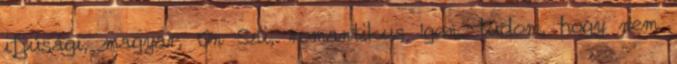
ifjúsági, magyar, On Sai, romantikus Igen, tudom, hogy nem